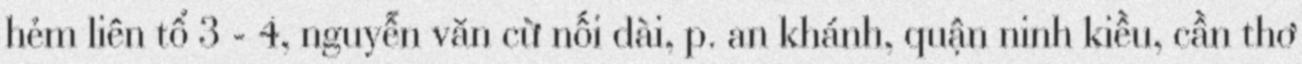
hẻm liên tổ 3 - 4, nguyễn văn cừ nối dài, p. an khánh, quận ninh kiều, cần thơ